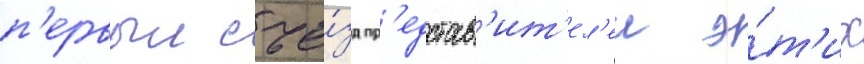
п'ервыи съе́зд пр'едстав'ит'ел'еи э́т'их